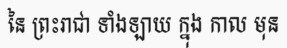
នៃ ព្រះរាជា ទាំងឡាយ ក្នុង កាល មុន